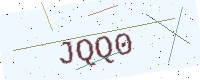
Text: JQQ0